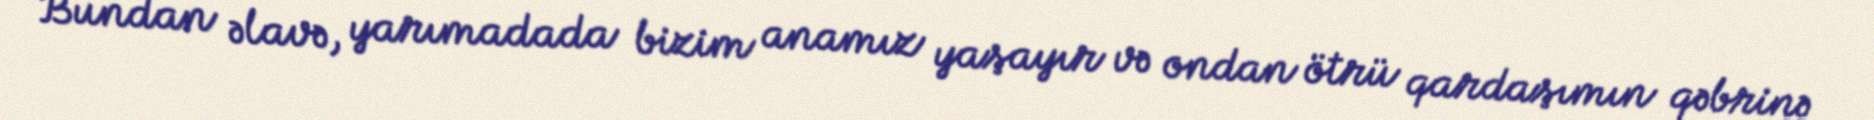
Bundan əlavə, yarımadada bizim anamız yaşayır və ondan ötrü qardaşımın qəbrinə